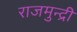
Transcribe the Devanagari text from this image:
राजमुन्द्री